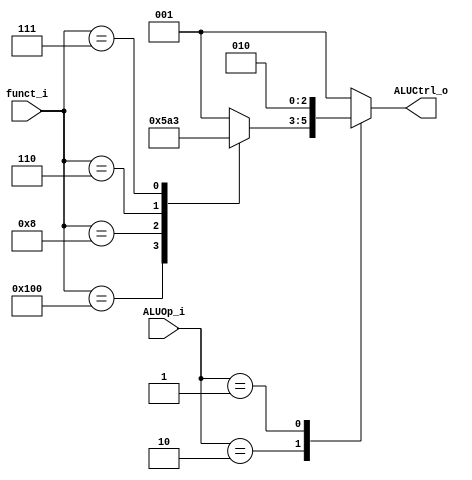
module ALU_Control(
    funct_i    ,
    ALUOp_i    ,
    ALUCtrl_o 
);

input [9:0] funct_i;//funct7[9:3]+funct3[2:0]
input [1:0] ALUOp_i;//00 for addi
output reg[2:0] ALUCtrl_o;

always@(*)begin

  case(ALUOp_i)

    2'b11 : begin
        ALUCtrl_o = 3'b001;//add
    end

    2'b10 : begin
        case(funct_i)

            10'b0000000000 : begin
                ALUCtrl_o = 3'b001;//add
            end
            10'b0100000000 : begin
                ALUCtrl_o = 3'b010;//sub
            end
            10'b0000001000 : begin
                ALUCtrl_o = 3'b110;//MUL
            end
            10'b0000000110 : begin
                ALUCtrl_o = 3'b100;//OR
            end
            10'b0000000111 : begin
                ALUCtrl_o = 3'b011;//AND
            end
            default : begin
                ALUCtrl_o = 3'b001;
            end
        endcase
    end

    2'b01 : begin //beq,ALU do subtraction
    ALUCtrl_o = 3'b010;//sub
    end
    default : begin
        ALUCtrl_o = 3'b001;
    end
endcase

end

endmodule
//not sure how to deal w/ ALUOp to o/p the corresponing code,
//stop by here